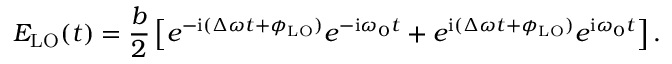
E _ { \mathrm { { L O } } } ( t ) = \frac { b } { 2 } \left[ e ^ { - \mathrm { { i } } ( \Delta \omega t + \phi _ { \mathrm { L O } } ) } e ^ { - \mathrm { { i } } \omega _ { 0 } t } + e ^ { \mathrm { { i } } ( \Delta \omega t + \phi _ { \mathrm { L O } } ) } e ^ { \mathrm { { i } } \omega _ { 0 } t } \right] .